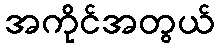
အကိုင်အတွယ်